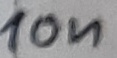
Text: 10n